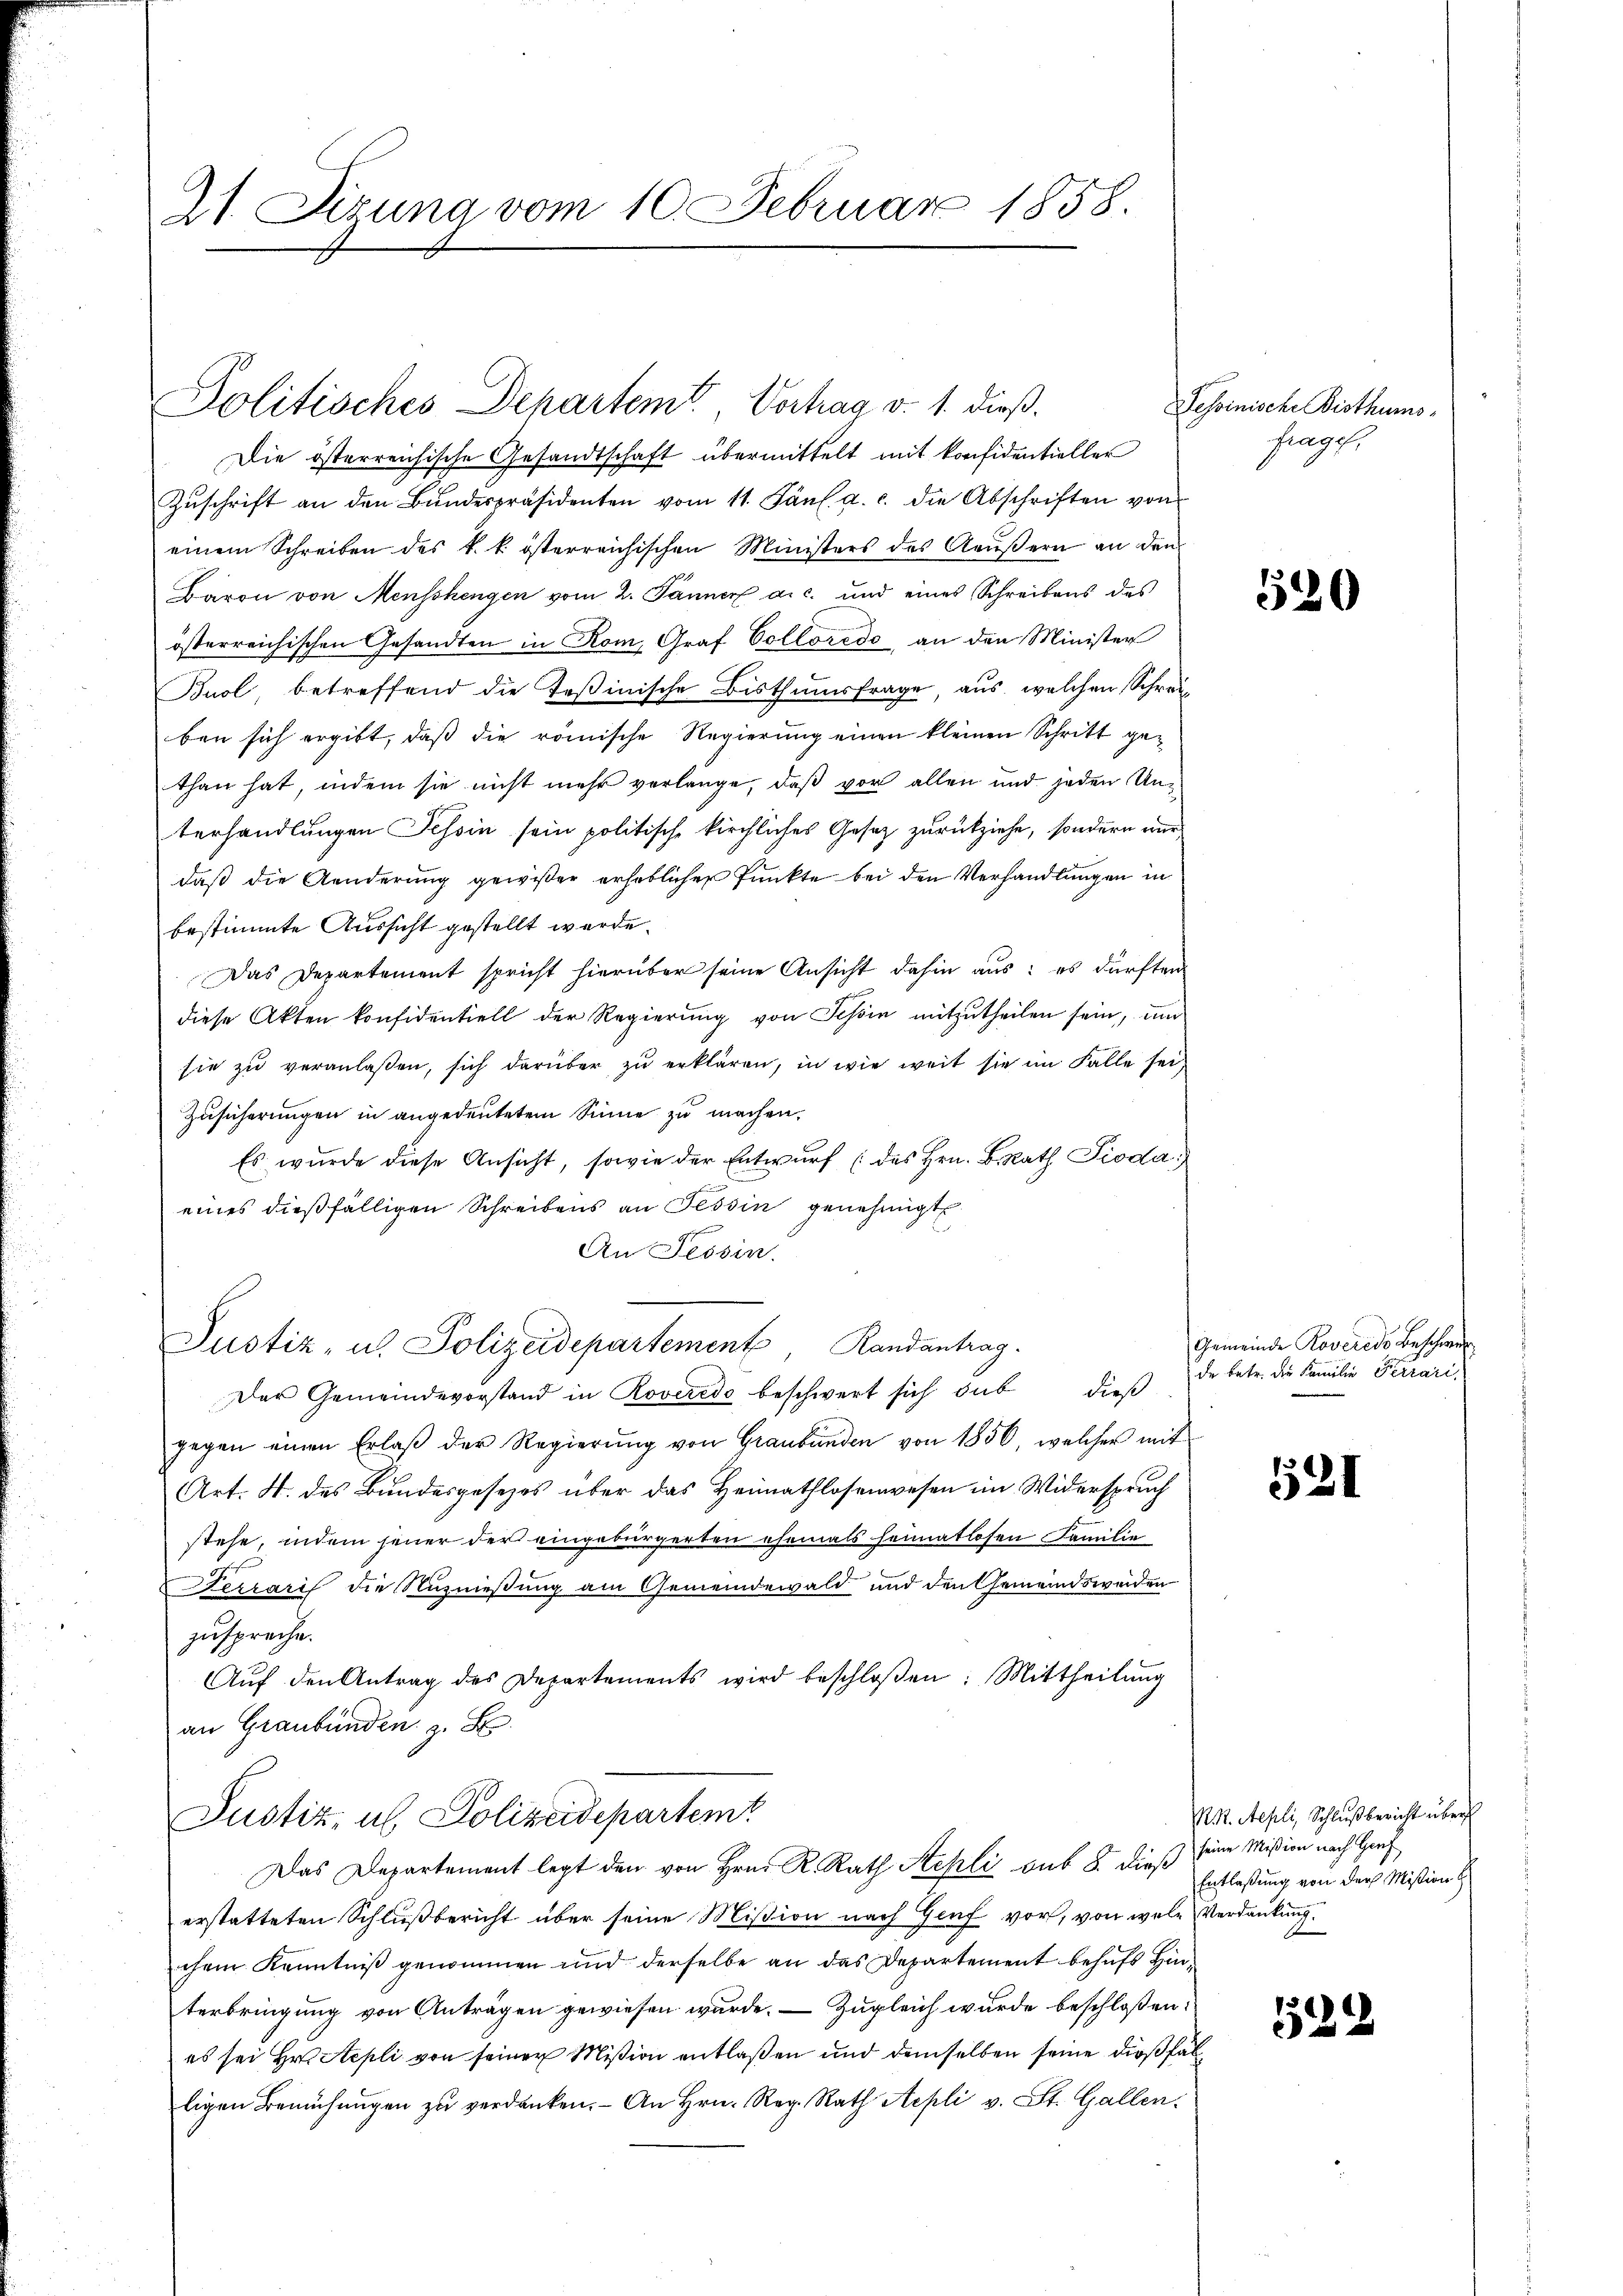
21. Sizung vom 10. Februar 1858.

Politisches Departemt, Vortrag v. 1. dieß.

Die österreichische Gesandtschaft übermittelt mit Konfidentieller
Zŭschrift an den Bŭndespräsidenten vom 11. Jänl. a. c. die Abschriften von
einem Schreiben des k. k. österreichischen Ministers des Aeußern an den
Baron von Menschengen vom 2. Jänner a. c. und eines Schreibens des
österreichischen Gesandten in Rom, Graf Colloredo, an den Minister
Buol betreffend die Teßinische Bisthumsfrage, aus, welchen Schreiben sich ergibt, daß die römische Regierung einen kleinen Schritt gethan hat, indem sie nicht mehr verlange, daß vor allen und jeden Unterhandlungen Tessin sein politische kirchliches Gesez zurückziehe, sondern nur
daß die Aenderung gewißer erheblichen Punkte bei den Verhandlungen in
bestimmte Aussicht gestellt werde.
Das Departement spricht hierüber seine Ansicht dahin aus: es dürften
diese Akten konfidentiell der Regierŭng von Schön mitzutheilen sein, um
sie zu veranlaßen, sich darüber zu erklären, in wie weit sie im Falle sei¬
Zusicherungen in angedeutetem Sinne zu machen.
Es wurde diese Ansicht, sowie der Entwurf (des Hrn. B. Rath Pioda
eines dießfälligen Schreibens an Tessin genehmigt.
An Tessin.
Justiz- u. Polizeidepartement Randantrag.
Der Gemeindevorstand in Roverede beschwert sich sub dieß
gegen einen Erlaβ der Regierŭng von Graubünden von 1856, welcher mit
Art. H. des Bundesgesezes über das Heimathlosenwesen im Widerspruch
stehe, indem jener der eingebürgerten ehemals heimatlosen Familie
Serraris die Nuznießung am Gemeindewald und den Gemeindsweiden
zuspreche.
Aŭf den Antrag des Departements wird beschloßen: Mittheilŭng
an Graubünden z. B.
Justiz, u. Polizeidepartemt
Das Departement legt den von Hrn. R. Rath Stehli sub 8. dieß
erstatteten Schlußbericht über seine Mißion nach Genf vor, von wele Verdankung.
chem Kenntniß genommen und derselbe an das Departement behufs Hinterbringung von Anträgen gewiesen wurde. — Zugleich wurde beschloßen:
es sei Hr. Repli von seiner Mißion entlaßen und demselben seine dießfälligen Bemühungen zu verdanken. - An Hrn. Reg. Rath Aepli v. St. Gallen.

Tessinische Bisthumsfrages.

520

Gemeinde Roverede Beschwer
de betr. die Familie Ferrari

521

Not. Sepli, Schlußbericht über
seine Mißion nach Genf
Entlaßung von der Mißion

1229